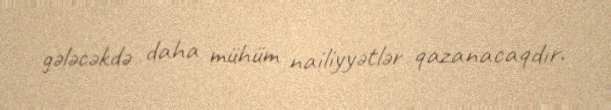
gələcəkdə daha mühüm nailiyyətlər qazanacaqdır.